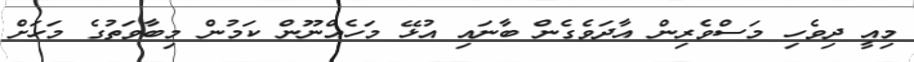
މިއީ ދިވެހި މަސްވެރިން އާދަވެގެން ބާނައި އުޅޭ މަހެއްނޫން ކަމުން މިބާވަތުގެ މަަހަށް